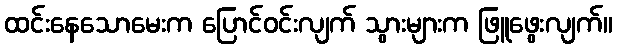
ထင်းနေသောမေးက ပြောင်ဝင်းလျက် သွားများက ဖြူဖွေးလျက်။